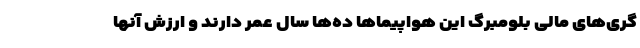
گری‌های مالی بلومبرگ این هواپیماها ده‌ها سال عمر دارند و ارزش آنها